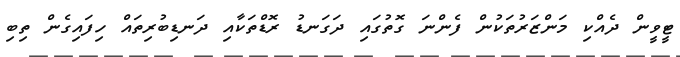
ޓީވީން ދެއްކި މަންޒަރުތަކުން ފެންނަ ގޮތުގައި ދަގަނޑު ރޮޑްތަކާއި ދަނޑިބުރިތައް ހިފައިގެން ތިބި